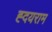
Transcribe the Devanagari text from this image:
ह्दयराम